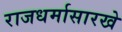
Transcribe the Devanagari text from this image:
राजधर्मासारखे